Annual report on the working of the Harcourt Butler Institute of Public Health, Rangoon
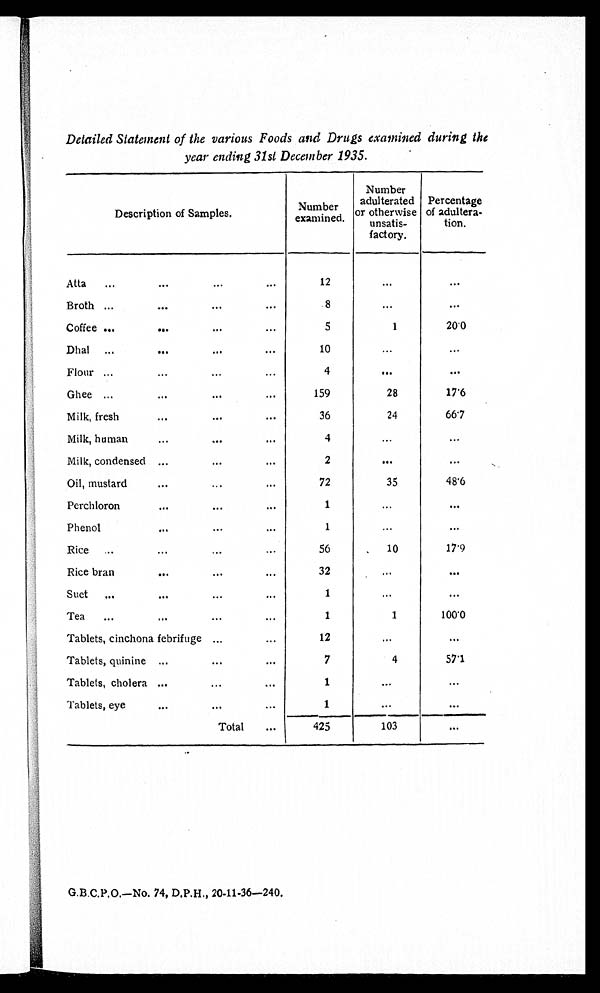
Detailed Statement of the various Foods and Drugs examined during the
year ending 31st December 1935.
Description of Samples.
Number
examined.
Number
adulterated
or otherwise
unsatis-
factory.
Percentage
of adultera-
tion.
Atta
...
...
...
...
12
...
Broth ...
...
...
8
...
...
Coffee ...
...
...
...
5
1
20.0
Dhal ...
...
...
...
10
...
...
Flour ...
...
...
...
4
...
. . .
Ghee ...
...
...
159
28
17.6
Milk, fresh
...
...
...
36
24
66.7
Milk, human
...
...
4
...
...
Milk, condensed ...
...
...
2
. . .
. . .
Oil, mustard
...
...
...
72
35
48.6
Perchloron
...
....
...,
1
...
...
Phenol
...
...
...
1
...
...
Rice
...
...
...
56
10
17'9
Rice bran
...
...
...
32
.
...
...
Suet
...
...
...
...
1
...
...
Tea
...
...
...
...
1
1
100.0
Tablets, cinchona febrifuge ...
...
12
...
. . .
Tablets, quinine ...
...
...
7
4
57.1
Tablets, cholera ...
...
...
1
...
...
Tablets, eye
...
...
. . .
1
...
Total
. . .
425
103
. . .
G.B.C.P.O.—No. 74, D.P.H., 20-11-36-240.